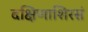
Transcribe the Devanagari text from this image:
दक्षिणाशिरसं